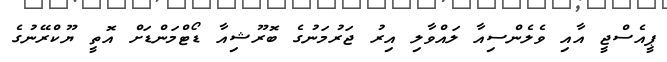
ޕީއެސްޖީ އާއި ވެލެންސިއާ ލައްވާލި އިރު ޖަރުމަނުގެ ބޮރޫޝިއާ ޑޯޓްމަންޑަށް އޮތީ ޔޫކްރޭނުގެ